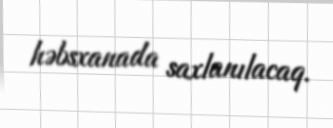
həbsxanada saxlanılacaq.